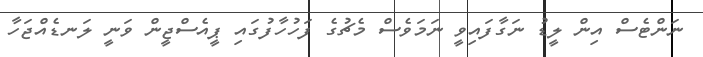
ނަންޓެސް އިން ލީޑު ނަގާފައިވީ ނަމަވެސް މެޗުގެ ފަހުހާފުގައި ޕީއެސްޖީން ވަނީ ލަނޑެއްޖަހާ